Vaccination North-Western Provinces 1866-1877 - 1866-1877
Year: 1866
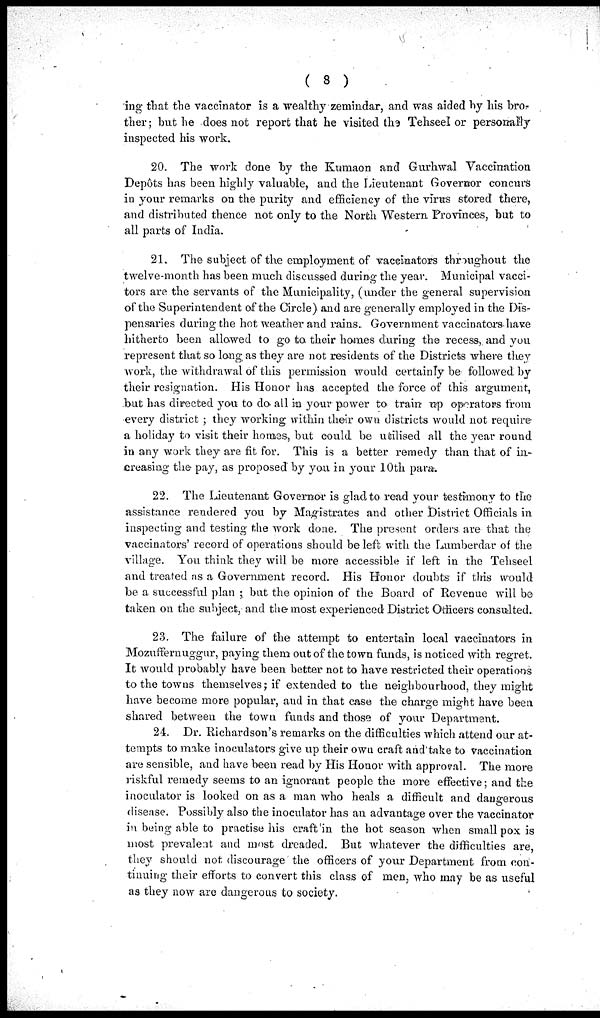
( 8 )
ing that the vaccinator is a wealthy zemindar, and was aided by his bro-
ther ; but he does not report that he visited the Tehseel or personally
inspected his work.
20. The work done by the Kumaon and Gurhwal Vaccination
Depôts has been highly valuable, and the Lieutenant Governor concurs
in your remarks on the purity and efficiency of the virus stored there,
and distributed thence not only to the North Western Provinces, but to
all parts of India.
21. The subject of the employment of vaccinators throughout the
twelve-month has been much discussed during the year. Municipal vacci¬
tors are the servants of the Municipality, (under the general supervision
of the Superintendent of the Circle) and are generally employed in the Dis-
pensaries during the hot weather and rains. Government vaccinators have
hitherto been allowed to go to their homes during the recess, and you
represent that so long as they are not residents of the Districts where they
work, the withdrawal of this permission would certainly be followed by
their resignation. His Honor has accepted the force of this argument,
but has directed you to do all in your power to train up operators from
every district ; they working within their own districts would not require
a holiday to visit their homes, but could be utilised all the year round
in any work they are fit for. This is a better remedy than that of in-
creasing the pay, as proposed by you in your 10th para.
22. The Lieutenant Governor is glad to read your testimony to the
assistance rendered you by Magistrates and other District Officials in
inspecting and testing the work done. The present orders are that the
vaccinators' record of operations should be left with the Lumberdar of the
village. You think they will be more accessible if left in the Tehseel
and treated as a Government record. His Honor doubts if this would
be a successful plan ; but the opinion of the Board of Revenue will be
taken on the subject, and the most experienced District Officers consulted.
23. The failure of the attempt to entertain local vaccinators in
Mozuffernuggur, paying them out of the town funds, is noticed with regret.
It would probably have been better not to have restricted their operations
to the towns themselves; if extended to the neighbourhood, they might
have become more popular, and in that case the charge might have been
shared between the town funds and those of your Department.
24. Dr. Richardson's remarks on the difficulties which attend our at-
tempts to make inoculators give up their own craft and take to vaccination
are sensible, and have been read by His Honor with approval. The more
riskful remedy seems to an ignorant people the more effective; and the
inoculator is looked on as a man who heals a difficult and dangerous
disease. Possibly also the inoculator has an advantage over the vaccinator
in being able to practise his craft in the hot season when small pox is
most prevalent and most dreaded. But whatever the difficulties are,
they should not discourage the officers of your Department from con-
tinuing their efforts to convert this class of men, who may be as useful
as they now are dangerous to society.